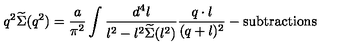
q ^ { 2 } \widetilde \Sigma ( q ^ { 2 } ) = { \frac { a } { \pi ^ { 2 } } } \int { \frac { d ^ { 4 } l } { l ^ { 2 } - l ^ { 2 } \widetilde \Sigma ( l ^ { 2 } ) } } { \frac { q \cdot l } { ( q + l ) ^ { 2 } } } - \mathrm { s u b t r a c t i o n s }